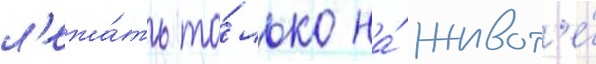
л'ежа́ть то́лько на́ живот'е́